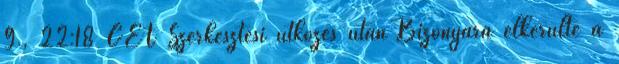
9., 22:18 CET Szerkesztési ütközés után Bizonyára elkerülte a